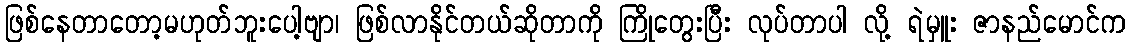
ဖြစ်နေတာတော့မဟုတ်ဘူးပေါ့ဗျာ၊ ဖြစ်လာနိုင်တယ်ဆိုတာကို ကြိုတွေးပြီး လုပ်တာပါ လို့ ရဲမှူး ဇာနည်မောင်က